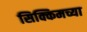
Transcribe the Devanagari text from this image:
सिक्किमच्या